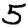
Digit: 5